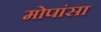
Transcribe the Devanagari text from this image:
मोपांसा